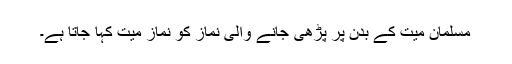
مسلمان میت کے بدن پر پڑھی جانے والی نماز کو نماز میت کہا جاتا ہے۔